Riigikantselei, lk 180
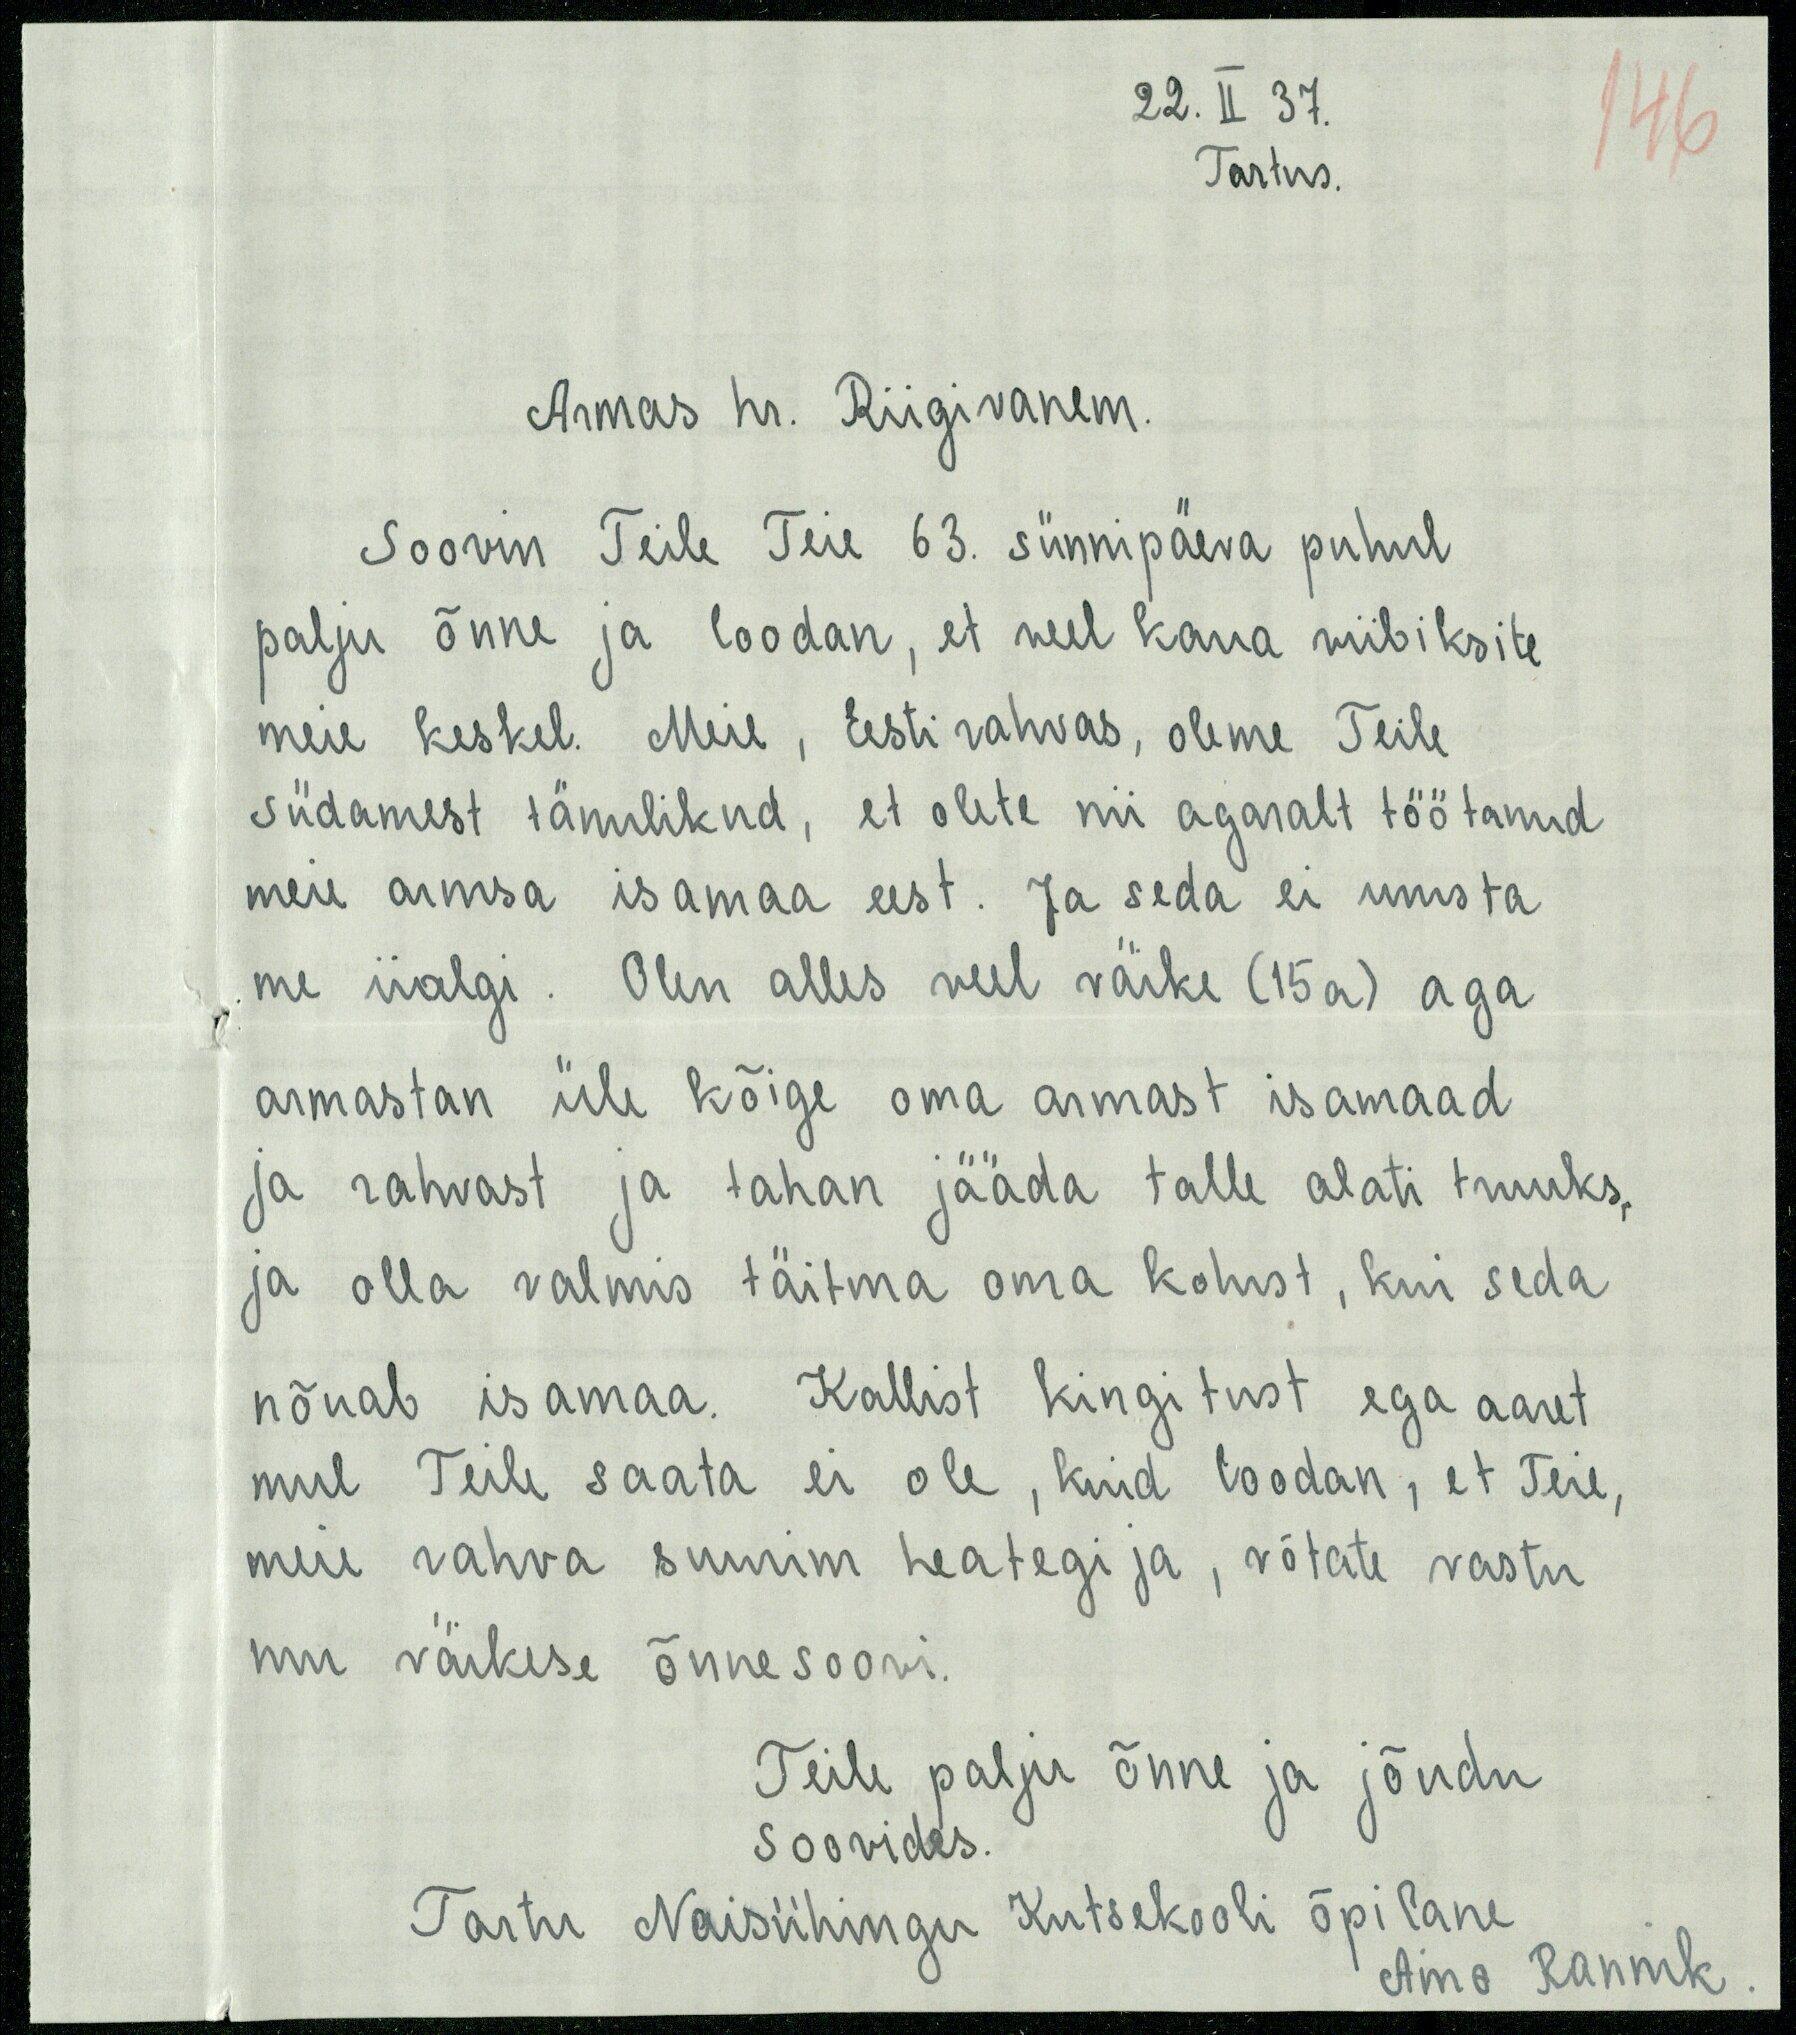
146
22. II 37.
Tartus.
Armas hr. Riigivanem.
Soovin Teile Teie 63. sünnipäeva puhul
palju õnne ja loodan, et veel kaua viibiksite 
meie keskel. Meie, Eesti rahvas, oleme Teile
südamest tänulikud, et olete nii agaralt töötanud
meie armsa isamaa eest. Ja seda ei unusta
me iialgi. Olen alles veel väike (15a) aga
armastan üle kõige oma armast isamaad
ja rahvast ja tahan jääda talle alati truuks,
ja olla valmis täitma oma kohust, kui seda
nõuab isamaa. Kallist kingitust ega aaret
mul Teile saata ei ole, kuid loodan, et Teie, 
meie rahva suurim heategija, võtate vastu
mu väikese õnnesoovi.
Teile palju õnne ja jõudu
soovides.
Tartu Naisühingu Kutsekooli õpilane
Aino Rannik